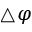
\triangle \varphi